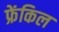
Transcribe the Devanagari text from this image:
फ्रेंकिल